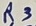
Text: R3